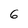
Character: 6